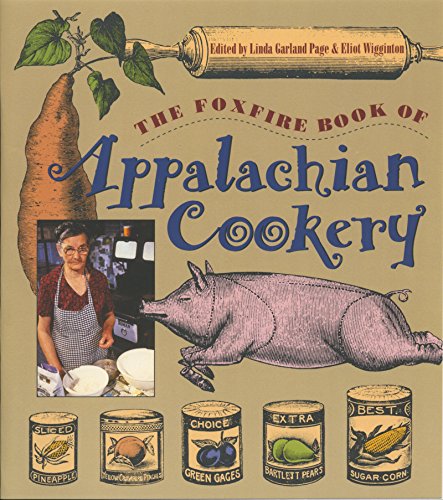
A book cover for The Foxfire Book of Appalachian Cookery; Cookbooks, Food & Wine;